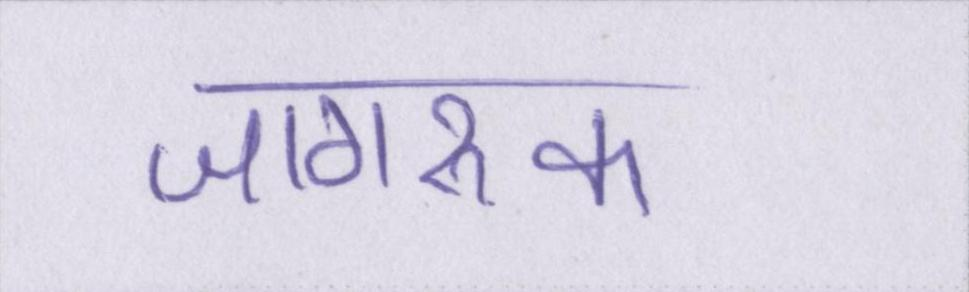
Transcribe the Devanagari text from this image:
जागरूक